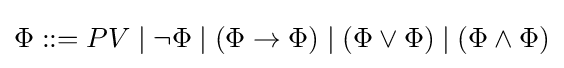
\Phi ::=PV\mid \neg \Phi \mid (\Phi \to \Phi )\mid (\Phi \lor \Phi )\mid (\Phi \land \Phi )